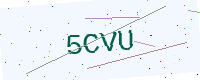
Text: 5CVU